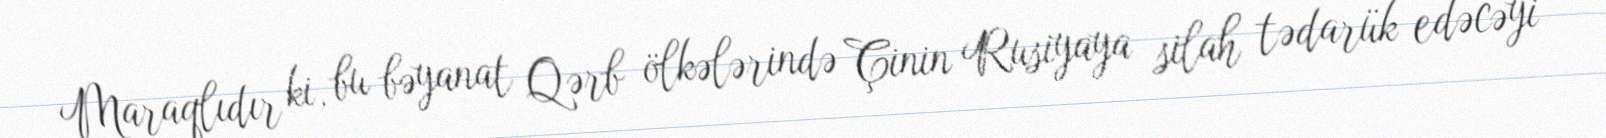
Maraqlıdır ki, bu bəyanat Qərb ölkələrində Çinin Rusiyaya silah tədarük edəcəyi